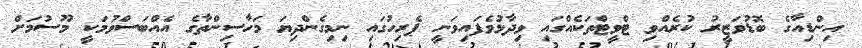
އިންޑިއާގެ ބޮޑުވަޒީރު ކުރެއްވި ޓްވީޓްތަކެއްގައި ވިދާޅުވެފައިވަނީ ޕެރިހުގައި ނިމިގެންދިޔަ މަހާސިންތާގެ އެއްބަސްވުމަކީ މޫސުމަށް